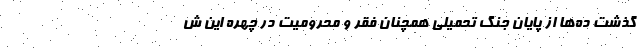
گذشت ده‌ها از پایان جنگ تحمیلی همچنان فقر و محرومیت در چهره این ش